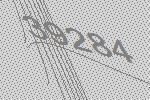
39284